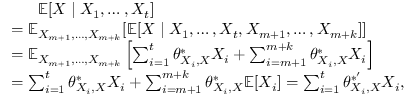
\begin{array} { r l } & { \ \ \ \ \ \mathbb { E } [ X \mid X _ { 1 } , \ldots , X _ { t } ] } \\ & { = \mathbb { E } _ { X _ { m + 1 } , \ldots , X _ { m + k } } [ \mathbb { E } [ X \mid X _ { 1 } , \ldots , X _ { t } , X _ { m + 1 } , \ldots , X _ { m + k } ] ] } \\ & { = \mathbb { E } _ { X _ { m + 1 } , \ldots , X _ { m + k } } \left[ \sum _ { i = 1 } ^ { t } \theta _ { X _ { i } , X } ^ { * } X _ { i } + \sum _ { i = m + 1 } ^ { m + k } \theta _ { X _ { i } , X } ^ { * } X _ { i } \right] } \\ & { = \sum _ { i = 1 } ^ { t } \theta _ { X _ { i } , X } ^ { * } X _ { i } + \sum _ { i = m + 1 } ^ { m + k } \theta _ { X _ { i } , X } ^ { * } \mathbb { E } [ X _ { i } ] = \sum _ { i = 1 } ^ { t } \theta _ { X _ { i } , X } ^ { * ^ { \prime } } X _ { i } , } \end{array}